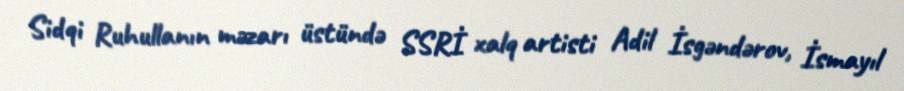
Sidqi Ruhullanın məzarı üstündə SSRİ xalq artisti Adil İsgəndərov, İsmayıl